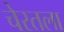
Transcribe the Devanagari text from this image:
चेरतला